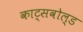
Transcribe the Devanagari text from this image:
काट्सवोल्ड